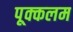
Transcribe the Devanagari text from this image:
पूक्कलम